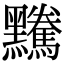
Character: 𪒿